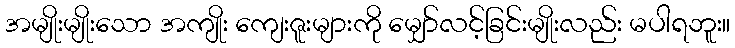
အမျိုးမျိုးသော အကျိုး ကျေးဇူးများကို မျှော်လင့်ခြင်းမျိုးလည်း မပါရဘူး။